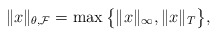
\begin{align*} \|x\|_{\theta,\mathcal{F}}= \max \big\{\|x\|_{\infty} , \|x\|_T \big\},\end{align*}